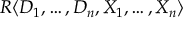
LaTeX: R \langle D _ { 1 } , \ldots , D _ { n } , X _ { 1 } , \ldots , X _ { n } \rangle